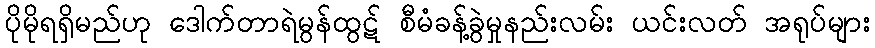
ပိုမိုရရှိမည်ဟု ဒေါက်တာရဲမွန်ထွဋ် စီမံခန့်ခွဲမှုနည်းလမ်း ယင်းလတ် အရုပ်များ